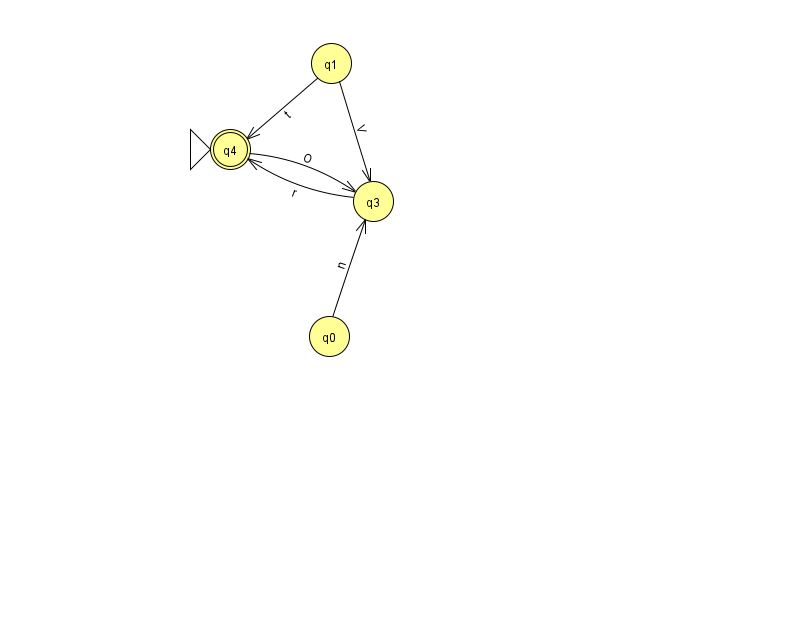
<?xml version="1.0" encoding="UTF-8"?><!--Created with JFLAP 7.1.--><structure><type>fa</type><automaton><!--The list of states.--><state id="0" name="q0"><x>329.0</x><y>323.0</y></state><state id="1" name="q1"><x>331.0</x><y>50.0</y></state><state id="3" name="q3"><x>373.0</x><y>188.0</y></state><state id="4" name="q4"><x>230.0</x><y>136.0</y><initial/><final/></state><!--The list of transitions.--><transition><from>1</from><to>3</to><read>V</read></transition><transition><from>4</from><to>3</to><read>O</read></transition><transition><from>0</from><to>3</to><read>n</read></transition><transition><from>1</from><to>4</to><read>t</read></transition><transition><from>3</from><to>4</to><read>r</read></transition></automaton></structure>